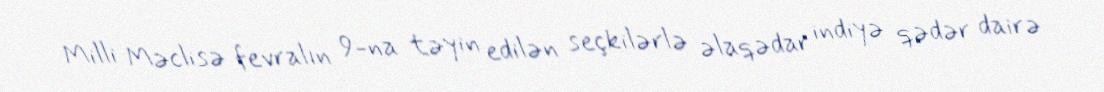
Milli Məclisə fevralın 9-na təyin edilən seçkilərlə əlaqədar indiyə qədər dairə